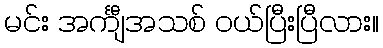
မင်း အင်္ကျီအသစ် ဝယ်ပြီးပြီလား။